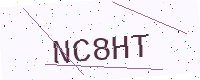
Text: NC8HT